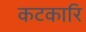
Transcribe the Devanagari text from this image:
कटकारि